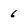
Character: 6